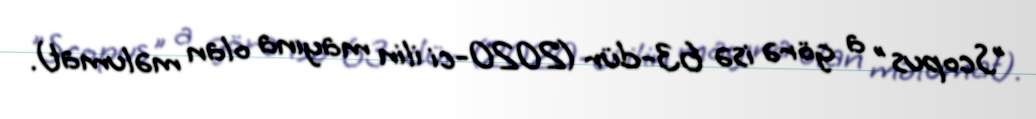
"Scopus" a görə isə 63-dür (2020-ci ilin mayına olan məlumat).